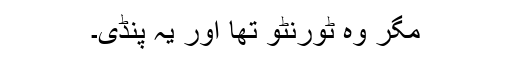
مگر وہ ٹورنٹو تھا اور یہ پنڈی۔